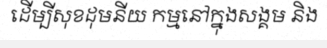
ដើម្បីសុខដុមនីយ កម្មនៅក្នុងសង្គម និង